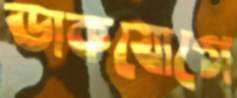
ডাকযোগে